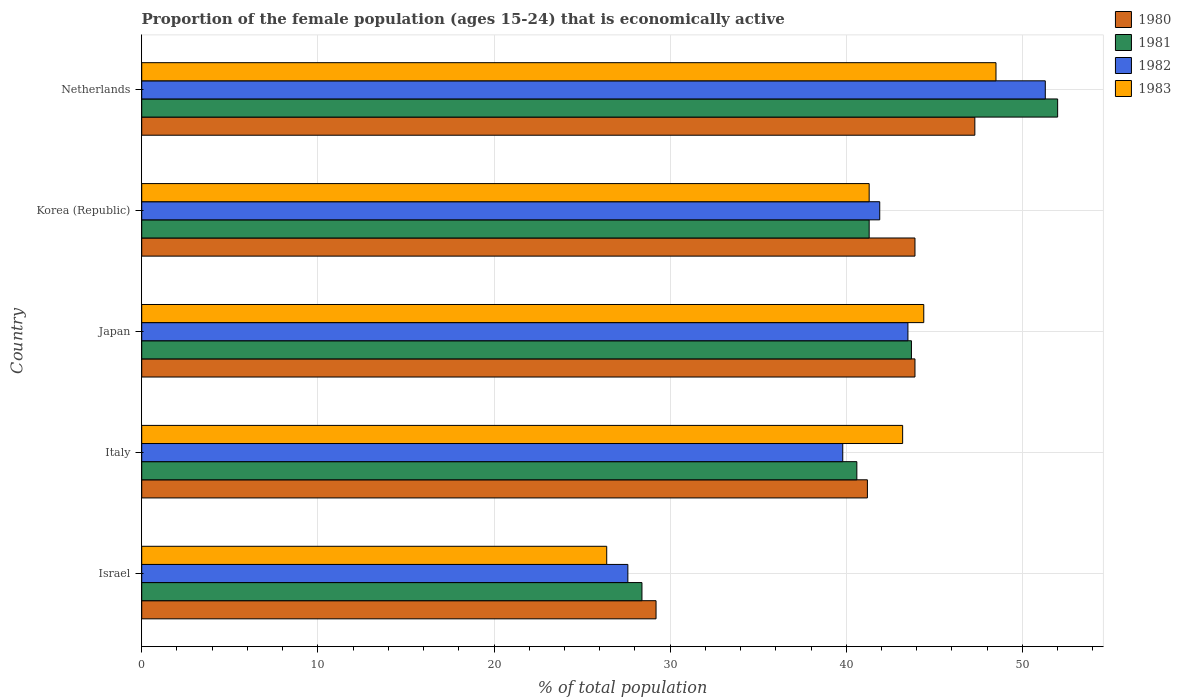
| Country | 1980 | 1981 | 1982 | 1983 |
 | --- | --- | --- | --- | --- |
 | Israel | 29.2 | 28.4 | 27.6 | 26.4 |
 | Italy | 41.2 | 40.6 | 39.8 | 43.2 |
 | Japan | 43.9 | 43.7 | 43.5 | 44.4 |
 | Korea (Republic) | 43.9 | 41.3 | 41.9 | 41.3 |
 | Netherlands | 47.3 | 52 | 51.3 | 48.5 |